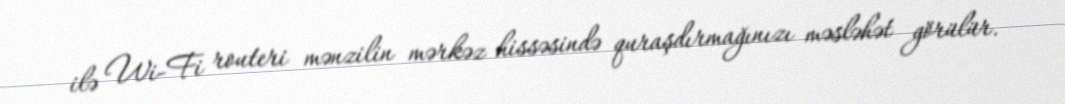
ilə Wi-Fi routeri mənzilin mərkəz hissəsində quraşdırmağınızı məsləhət görülür.